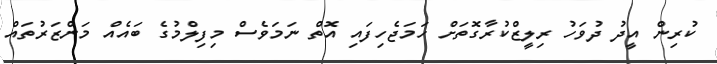
ކުރިން އީދު ދުވަހު ރިލީޒްކުރާގޮތަށް ހަމަޖެހިފައި އޮތް ނަމަވެސް މިފިލްމުގެ ބައެއް މަންޒަރުތައް